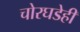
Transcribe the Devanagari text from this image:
चोरघडेही